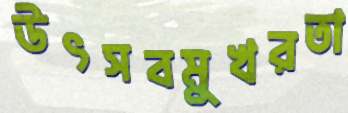
উৎসবমুখরতা